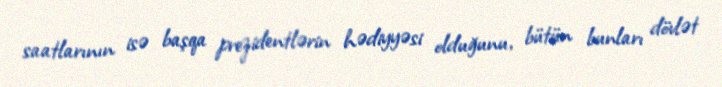
saatlarının isə başqa prezidentlərin hədiyyəsi olduğunu, bütün bunları dövlət